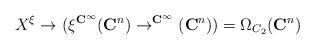
LaTeX: \begin{align*}X^\xi \to (\xi^{\mathbf{C}^\infty}(\mathbf{C}^n) \to ^{\mathbf{C}^\infty}( \mathbf{C}^n)) = \Omega_{C_2}(\mathbf{C}^n)\end{align*}